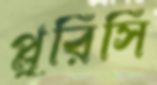
প্লুরিসি